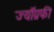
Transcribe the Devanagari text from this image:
ज्यॉग्रफी